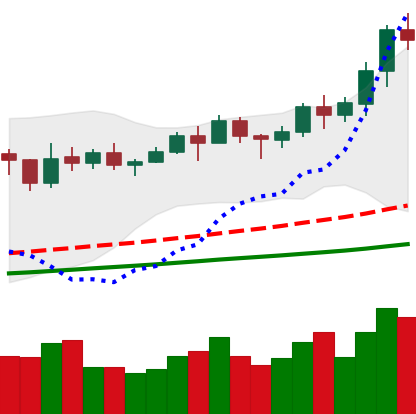
Ticker: LINK-USD
Chart end date: 2021-02-14
Forward return: 4.28%
Label: up_3_5